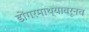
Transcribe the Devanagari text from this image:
डोंगरमाथ्यावरूनच